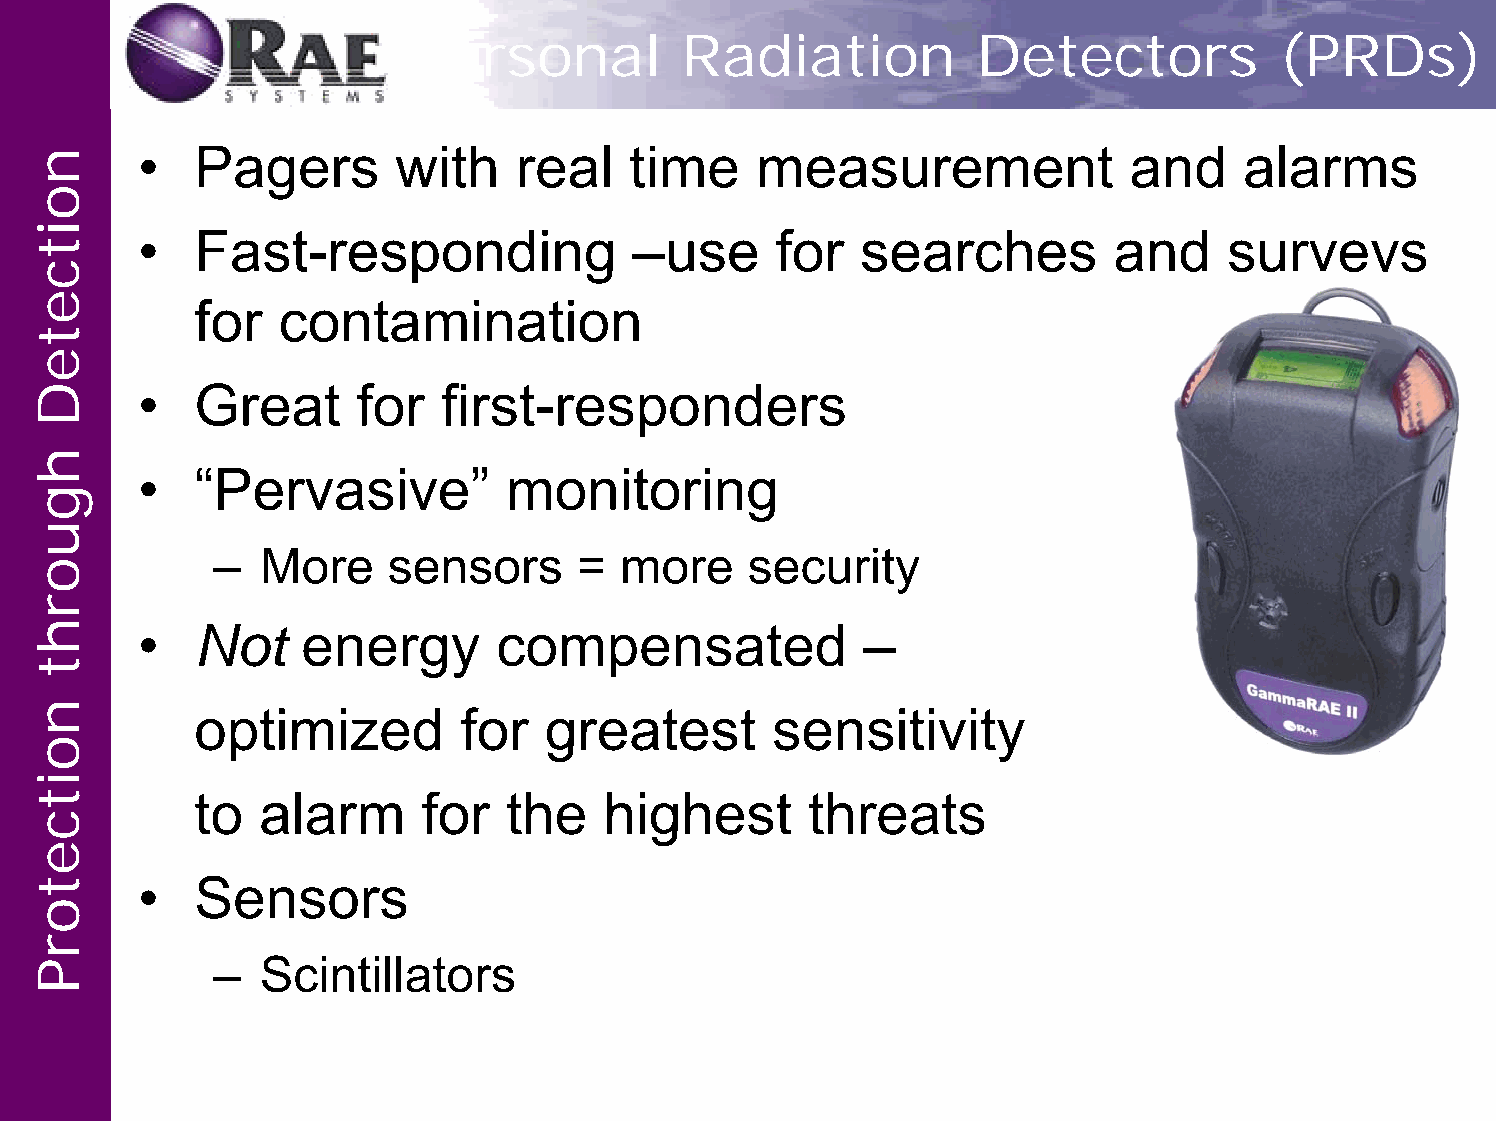
Personal          Radiation           Detectors           (PRDs)
 •   Pagers       with    real    time    measurement              and    alarms
 •   Fast-responding              –use     for   searches         and    surveys
 for   contamination
 •   Great      for  first-responders
 •   “Pervasive”          monitoring
 –  More     sensors     =  more     security
 •   Not    energy       compensated             –
 optimized         for  greatest       sensitivity
 to  alarm      for   the   highest       threats
 •   Sensors
 –  Scintillators
 noitceteD
 hguorht
 noitcetorP